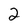
Character: 2